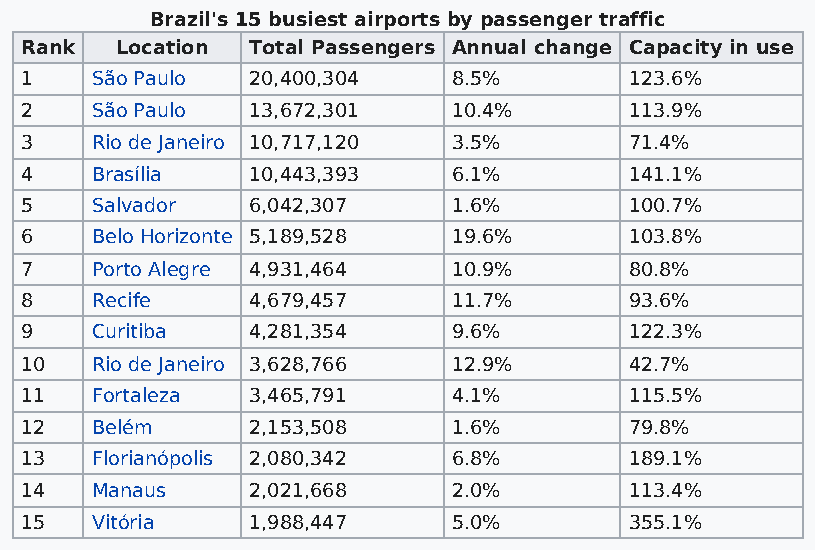
Brazil's 15 busiest airports by passenger traffic
 Rank   Location Total Passengers Annual change Capacity in use
 1    São Paulo 20,400,304    8.5%        123.6%
 2    São Paulo 13,672,301    10.4%       113.9%
 3    Rio de Janeiro 10,717,120 3.5%      71.4%
 4    Brasília  10,443,393    6.1%        141.1%
 5    Salvador  6,042,307     1.6%        100.7%
 6    Belo Horizonte 5,189,528 19.6%      103.8%
 7    Porto Alegre 4,931,464  10.9%       80.8%
 8    Recife    4,679,457     11.7%       93.6%
 9    Curitiba  4,281,354     9.6%        122.3%
 10   Rio de Janeiro 3,628,766 12.9%      42.7%
 11   Fortaleza 3,465,791     4.1%        115.5%
 12   Belém     2,153,508     1.6%        79.8%
 13   Florianópolis 2,080,342 6.8%        189.1%
 14   Manaus    2,021,668     2.0%        113.4%
 15   Vitória   1,988,447     5.0%        355.1%